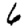
Digit: 6